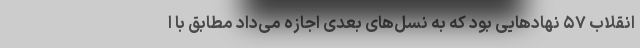
انقلاب ۵۷ نهادهایی بود که به نسل‌های بعدی اجازه می‌داد مطابق با ا